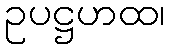
ဥပဋ္ဌဟထ၊